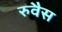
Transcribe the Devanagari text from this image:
रुवैस